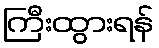
ကြီးထွားရန်